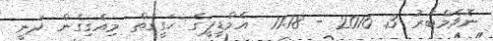
ނޮވެމްބަރު 3